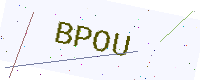
Text: BPOU